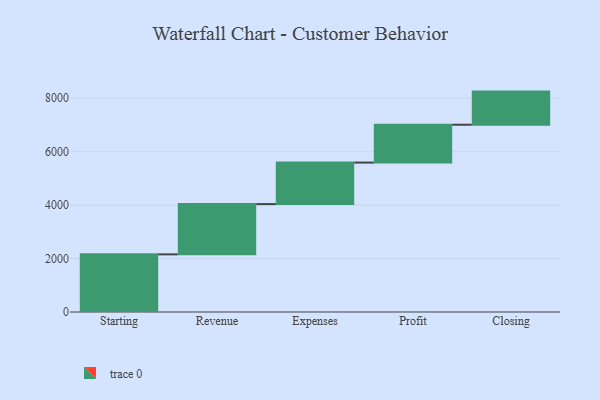
{"axis": {"x": "Step", "y": "Value"}, "legend": [""], "data": [{"x": "Starting", "y": 2156.0, "type": ""}, {"x": "Revenue", "y": 1881.0, "type": ""}, {"x": "Expenses", "y": 1553.0, "type": ""}, {"x": "Profit", "y": 1417.0, "type": ""}, {"x": "Closing", "y": 1239.0, "type": ""}]}